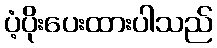
ပံ့ပိုးပေးထားပါသည်